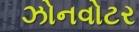
ઝોનવોટર